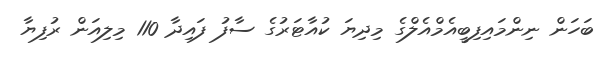
ބަހަން ނިންމައިފިބީއެމްއެލްގެ މިދިޔަ ކުއާޓަރުގެ ސާފު ފައިދާ 110 މިލިއަން ރުފިޔާ